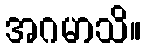
အဂမာသိ။